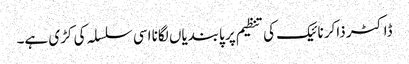
ڈاکٹر ذاکر نائیک کی تنظیم پر پابندیاں لگانا اسی سلسلہ کی کڑی ہے۔